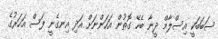
ސަބަބަކީ އިސްލާމް ދީނާ ބެހޭ ގޮތުން އަހަންނަށް އަދި އިނގެނީ ފަސް އަހަރުގެ